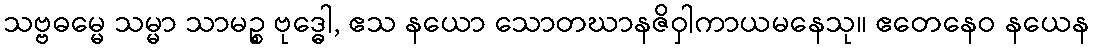
သဗ္ဗဓမ္မေ သမ္မာ သာမဉ္စ ဗုဒ္ဓေါ, ဧသ နယော သောတဃာနဇိဝှါကာယမနေသု။ ဧတေနေဝ နယေန